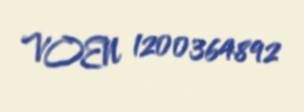
VOEN 1200364892